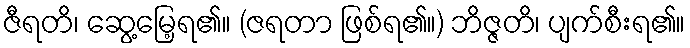
ဇီရတိ၊ ဆွေ့မြေ့ရ၏။ (ဇရတာ ဖြစ်ရ၏။) ဘိဇ္ဇတိ၊ ပျက်စီးရ၏။